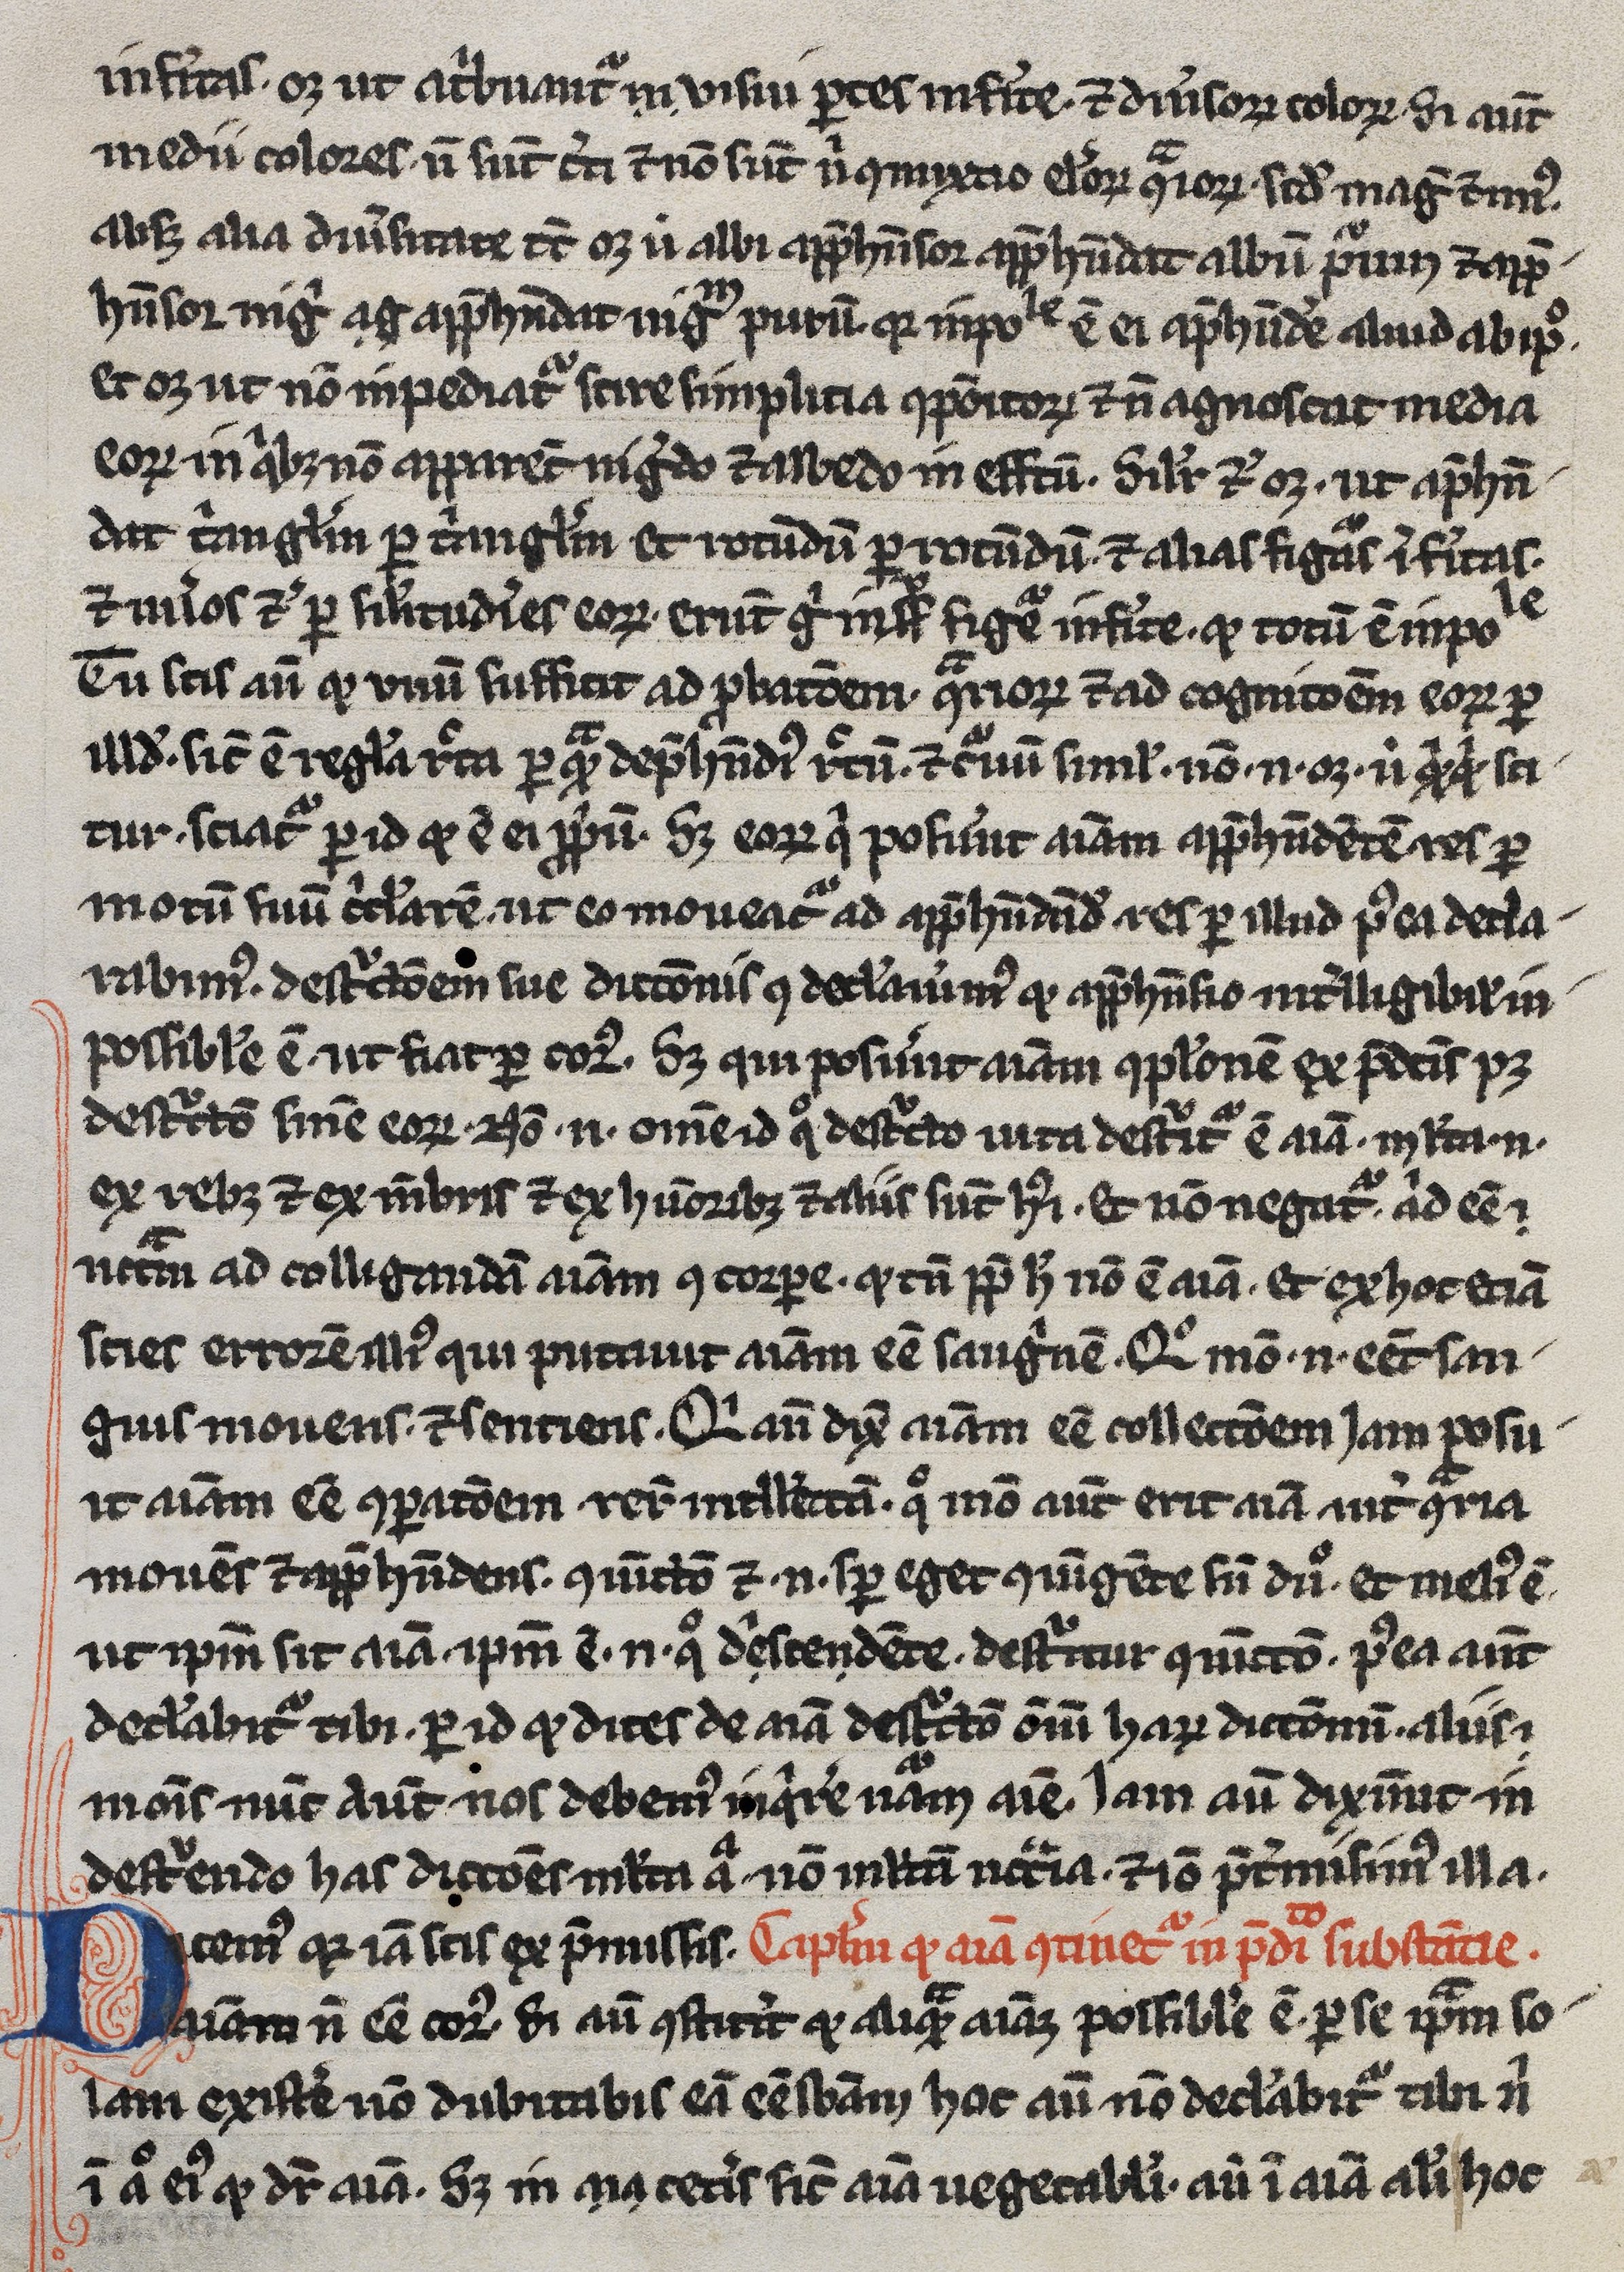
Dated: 1245–1255